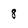
Character: 8